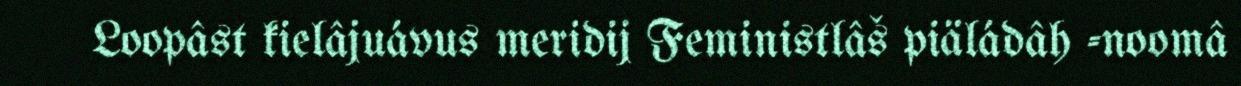
Loopâst kielâjuávus meridij Feministlâš piäládâh -noomâ